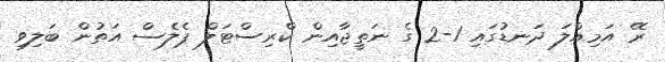
ރޭ އަމިއްލަ ދަނޑުގައި 1-2 ގެ ނަތީޖާއިން ކްރިސްޓަލް ޕެލެސް އަތުން ބަލިވި